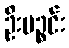
ဦးပဉ္စင်း